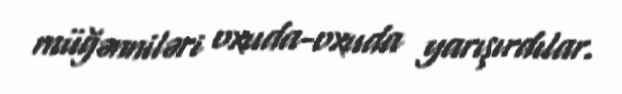
müğənniləri oxuda-oxuda yarışırdılar.